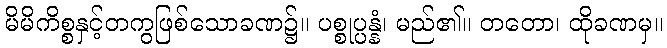
မိမိကိစ္စနှင့်တကွဖြစ်သောခဏ၌။ ပစ္စုပ္ပန္နံ၊ မည်၏။ တတော၊ ထိုခဏမှ။